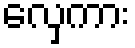
လှေကား